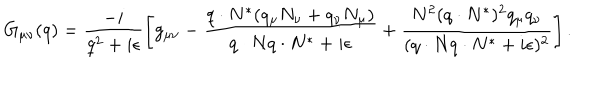
G _ { \mu \nu } ( q ) = \frac { - i } { q ^ { 2 } + i \epsilon } \left[ g _ { \mu \nu } - \frac { q \cdot N ^ { \ast } ( q _ { \mu } N _ { \nu } + q _ { \nu } N _ { \mu } ) } { q \cdot N q \cdot N ^ { \ast } + i \epsilon } + \frac { N ^ { 2 } ( q \cdot N ^ { \ast } ) ^ { 2 } q _ { \mu } q _ { \nu } } { ( q \cdot N q \cdot N ^ { \ast } + i \epsilon ) ^ { 2 } } \right] .